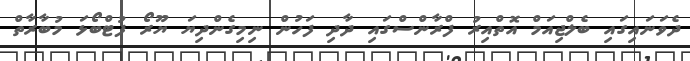
ދެވަނައިގައި ބެލްޖިއަމް އޮތްއިރު ފްރާންސްގައި ދާދި ފަހުން ނިމިގެންދިޔަ ޔޫރޯ ފުޓްބޯޅަ މުބާރާތް